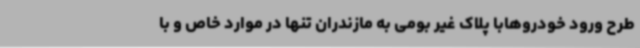
طرح ورود خودروهابا پلاک غیر بومی به مازندران تنها در موارد خاص و با